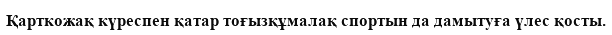
Қарткожақ күреспен қатар тоғызқұмалақ спортын да дамытуға үлес қосты.